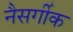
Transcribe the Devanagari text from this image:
नैसर्गीक